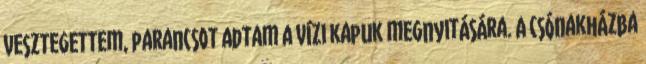
vesztegettem, parancsot adtam a vízi kapuk megnyitására. A csónakházba